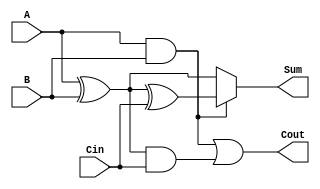
module ConditionalSumFullAdder (
    input wire A,        // 1-bit binary input A
    input wire B,        // 1-bit binary input B
    input wire Cin,      // 1-bit carry input
    output wire Sum,     // 1-bit sum output
    output wire Cout     // 1-bit carry output
);

    // Internal signals for potential sums and carries
    wire S1, S2;        // Potential sum outputs
    wire C1, C2;        // Potential carry outputs

    // Compute S1 and C1 assuming Cin = 0
    assign S1 = A ^ B;          // S1 = A XOR B
    assign C1 = A & B;          // C1 = A AND B

    // Compute S2 and C2 assuming Cin = 1
    assign S2 = S1 ^ Cin;       // S2 = S1 XOR Cin
    assign C2 = S1 & Cin;       // C2 = S1 AND Cin

    // Final Sum output using multiplexer logic
    assign Sum = C1 ? S2 : S1;  // If C1 is true, use S2; otherwise use S1

    // Final Carry-out output
    assign Cout = C1 | C2;      // Cout = C1 OR C2

endmodule